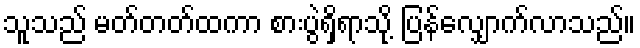
သူသည် မတ်တတ်ထကာ စားပွဲရှိရာသို့ ပြန်လျှောက်လာသည်။